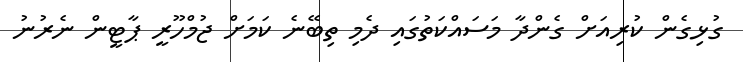
ގުޅިގެން ކުރިއަށް ގެންދާ މަސައްކަތުގައި ދެމި ތިބޭނެ ކަމަށް ޖުމްހޫރީ ޕާޓީން ނެރުނު